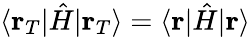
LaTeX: \langle\mathbf{r}_{T}|{\hat{H}}|\mathbf{r}_{T}\rangle=\langle\mathbf{r}|{\hat{H}}|\mathbf{r}\rangle